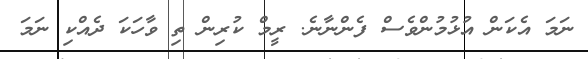
ނަމަ އެކަން އުޅުމުންވެސް ފެންނާނެ. ރީމް ކުރިން ތި ވާހަކަ ދެއްކި ނަމަ